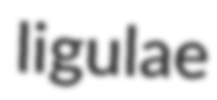
ligulae